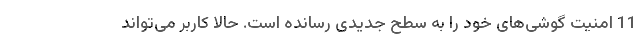
11 امنیت گوشی‌های خود را به سطح جدیدی رسانده است. حالا کاربر می‌تواند